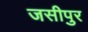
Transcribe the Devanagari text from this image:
जसीपुर